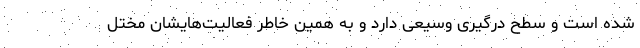
شده‌ است و سطح درگیری وسیعی دارد و به همین خاطر فعالیت‌هایشان مختل